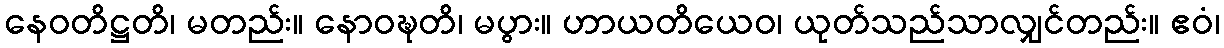
နေဝတိဋ္ဌတိ၊ မတည်း။ နောဝဍ္ဎတိ၊ မပွား။ ဟာယတိယေဝ၊ ယုတ်သည်သာလျှင်တည်း။ ဧဝံ၊